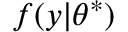
f ( y | \theta ^ { * } )